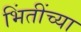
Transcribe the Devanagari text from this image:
भिंतींच्या